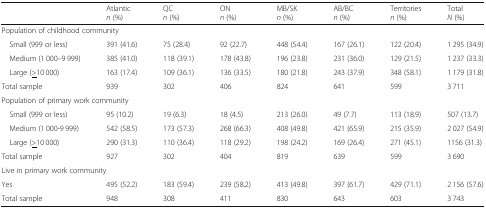
<table><thead><tr><td></td><td><b>Atlantic<i>n</i> (%)</b></td><td><b>QC<i>n</i> (%)</b></td><td><b>ON<i>n</i> (%)</b></td><td><b>MB/SK<i>n</i> (%)</b></td><td><b>AB/BC<i>n</i> (%)</b></td><td><b>Territories<i>n</i> (%)</b></td><td><b>Total<i>N</i> (%)</b></td></tr></thead><tbody><tr><td colspan="8">Population of childhood community</td></tr><tr><td> Small (999 or less)</td><td>391 (41.6)</td><td>75 (28.4)</td><td>92 (22.7)</td><td>448 (54.4)</td><td>167 (26.1)</td><td>122 (20.4)</td><td>1 295 (34.9)</td></tr><tr><td> Medium (1 000–9 999)</td><td>385 (41.0)</td><td>118 (39.1)</td><td>178 (43.8)</td><td>196 (23.8)</td><td>231 (36.0)</td><td>129 (21.5)</td><td>1 237 (33.3)</td></tr><tr><td> Large (<underline>&gt;</underline>10 000)</td><td>163 (17.4)</td><td>109 (36.1)</td><td>136 (33.5)</td><td>180 (21.8)</td><td>243 (37.9)</td><td>348 (58.1)</td><td>1 179 (31.8)</td></tr><tr><td>Total sample</td><td>939</td><td>302</td><td>406</td><td>824</td><td>641</td><td>599</td><td>3 711</td></tr><tr><td colspan="8">Population of primary work community</td></tr><tr><td> Small (999 or less)</td><td>95 (10.2)</td><td>19 (6.3)</td><td>18 (4.5)</td><td>213 (26.0)</td><td>49 (7.7)</td><td>113 (18.9)</td><td>507 (13.7)</td></tr><tr><td> Medium (1 000-9 999)</td><td>542 (58.5)</td><td>173 (57.3)</td><td>268 (66.3)</td><td>408 (49.8)</td><td>421 (65.9)</td><td>215 (35.9)</td><td>2 027 (54.9)</td></tr><tr><td> Large (<underline>&gt;</underline>10 000)</td><td>290 (31.3)</td><td>110 (36.4)</td><td>118 (29.2)</td><td>198 (24.2)</td><td>169 (26.4)</td><td>271 (45.1)</td><td>1156 (31.3)</td></tr><tr><td>Total sample</td><td>927</td><td>302</td><td>404</td><td>819</td><td>639</td><td>599</td><td>3 690</td></tr><tr><td colspan="8">Live in primary work community</td></tr><tr><td>Yes</td><td>495 (52.2)</td><td>183 (59.4)</td><td>239 (58.2)</td><td>413 (49.8)</td><td>397 (61.7)</td><td>429 (71.1)</td><td>2 156 (57.6)</td></tr><tr><td>Total sample</td><td>948</td><td>308</td><td>411</td><td>830</td><td>643</td><td>603</td><td>3 743</td></tr></tbody></table>